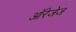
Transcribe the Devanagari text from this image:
ऑरेजेज